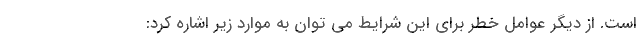
است. از دیگر عوامل خطر برای این شرایط می توان به موارد زیر اشاره کرد: